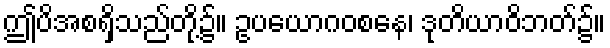
ဤပိအစရှိသည်တို့၌။ ဥပယောဂဝစနေ၊ ဒုတိယာဝိဘတ်၌။